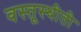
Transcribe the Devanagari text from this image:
वस्तूस्थीती